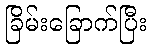
ခြိမ်းခြောက်ပြီး